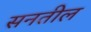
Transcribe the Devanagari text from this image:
सनतील